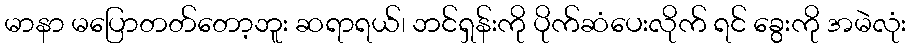
မာနာ မပြောတတ်တော့ဘူး ဆရာရယ်၊ ဘင်ရှန်းကို ပိုက်ဆံပေးလိုက် ရင် ခွေးကို အမဲလုံး